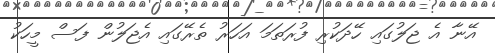
އޭނާ އެ ޖަލުގައި ހޭދަކުރި ފުރަތަމަ އަހަރު ތެރޭގައި އެޖަލުން ފަސް މީހަކު